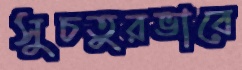
সুচতুরভাবে